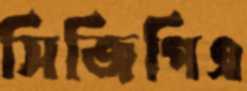
সিজিপিএ